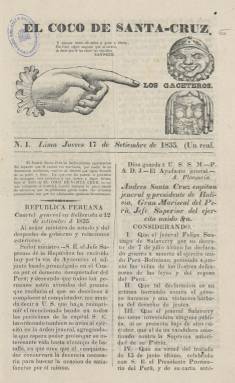
Título: El Coco de Santa-Cruz
Otros títulos: Coco de Santa Cruz
Colección: Periódicos anteriores a 1850
Ámbito geográfico: Perú
Lugar de publicación: Lima
Fechas: 17/09/1835-23/12/1835